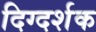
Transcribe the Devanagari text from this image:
दिग्‍दर्शक